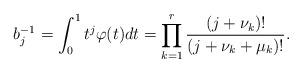
LaTeX: \begin{align*} b_j^{-1} = \int_0^1 t^j \varphi (t) dt = \prod_{k=1}^r \frac{(j+\nu_k)!}{(j+\nu_k+\mu_k)!}.\end{align*}